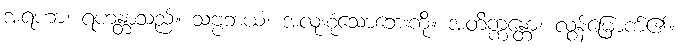
အရဟာ၊ ရဟန္တာသည်။ သဗ္ဗဘယံ၊ အလုံးစုံသောဘေးကို။ အတိက္ကန္တော၊ လွန်မြောက်၏။